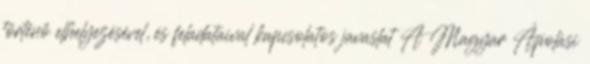
történő elhelyezésével, és feladataival kapcsolatos javaslat A Magyar Ápolási